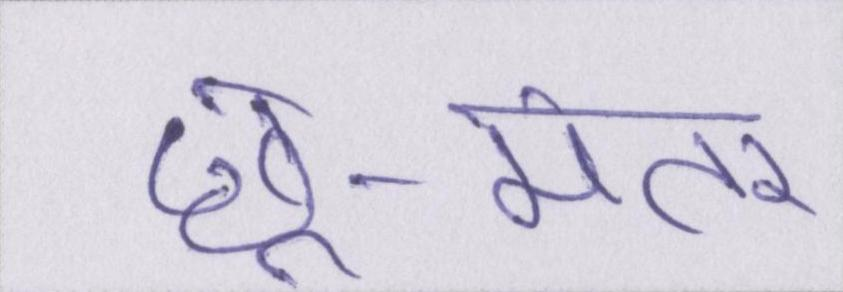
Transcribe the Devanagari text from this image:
छू-मंतर